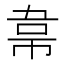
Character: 𮧮